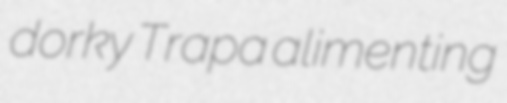
dorky Trapa alimenting